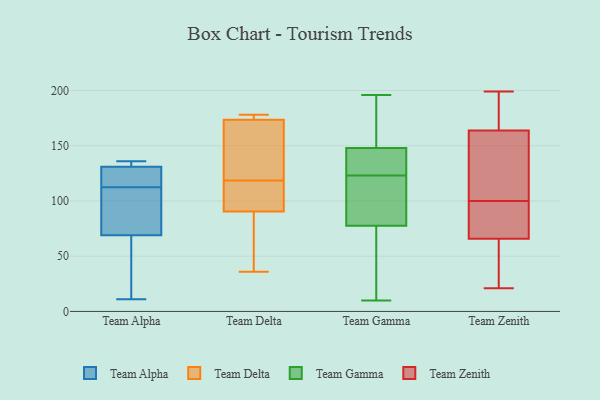
{"axis": {"x": "Energy Usage (MWh)", "y": "Value"}, "legend": ["Team Alpha", "Team Delta", "Team Gamma", "Team Zenith"], "data": [{"x": "", "y": 108, "type": "Team Alpha"}, {"x": "", "y": 104, "type": "Team Alpha"}, {"x": "", "y": 117, "type": "Team Alpha"}, {"x": "", "y": 108, "type": "Team Alpha"}, {"x": "", "y": 132, "type": "Team Alpha"}, {"x": "", "y": 57, "type": "Team Alpha"}, {"x": "", "y": 131, "type": "Team Alpha"}, {"x": "", "y": 134, "type": "Team Alpha"}, {"x": "", "y": 69, "type": "Team Alpha"}, {"x": "", "y": 136, "type": "Team Alpha"}, {"x": "", "y": 11, "type": "Team Alpha"}, {"x": "", "y": 121, "type": "Team Alpha"}, {"x": "", "y": 30, "type": "Team Alpha"}, {"x": "", "y": 119, "type": "Team Alpha"}, {"x": "", "y": 164, "type": "Team Delta"}, {"x": "", "y": 172, "type": "Team Delta"}, {"x": "", "y": 104, "type": "Team Delta"}, {"x": "", "y": 175, "type": "Team Delta"}, {"x": "", "y": 47, "type": "Team Delta"}, {"x": "", "y": 92, "type": "Team Delta"}, {"x": "", "y": 97, "type": "Team Delta"}, {"x": "", "y": 36, "type": "Team Delta"}, {"x": "", "y": 133, "type": "Team Delta"}, {"x": "", "y": 176, "type": "Team Delta"}, {"x": "", "y": 89, "type": "Team Delta"}, {"x": "", "y": 178, "type": "Team Delta"}, {"x": "", "y": 24, "type": "Team Gamma"}, {"x": "", "y": 196, "type": "Team Gamma"}, {"x": "", "y": 121, "type": "Team Gamma"}, {"x": "", "y": 89, "type": "Team Gamma"}, {"x": "", "y": 66, "type": "Team Gamma"}, {"x": "", "y": 134, "type": "Team Gamma"}, {"x": "", "y": 153, "type": "Team Gamma"}, {"x": "", "y": 54, "type": "Team Gamma"}, {"x": "", "y": 184, "type": "Team Gamma"}, {"x": "", "y": 90, "type": "Team Gamma"}, {"x": "", "y": 132, "type": "Team Gamma"}, {"x": "", "y": 156, "type": "Team Gamma"}, {"x": "", "y": 13, "type": "Team Gamma"}, {"x": "", "y": 143, "type": "Team Gamma"}, {"x": "", "y": 99, "type": "Team Gamma"}, {"x": "", "y": 113, "type": "Team Gamma"}, {"x": "", "y": 173, "type": "Team Gamma"}, {"x": "", "y": 10, "type": "Team Gamma"}, {"x": "", "y": 125, "type": "Team Gamma"}, {"x": "", "y": 125, "type": "Team Gamma"}, {"x": "", "y": 199, "type": "Team Zenith"}, {"x": "", "y": 184, "type": "Team Zenith"}, {"x": "", "y": 77, "type": "Team Zenith"}, {"x": "", "y": 137, "type": "Team Zenith"}, {"x": "", "y": 71, "type": "Team Zenith"}, {"x": "", "y": 86, "type": "Team Zenith"}, {"x": "", "y": 107, "type": "Team Zenith"}, {"x": "", "y": 141, "type": "Team Zenith"}, {"x": "", "y": 31, "type": "Team Zenith"}, {"x": "", "y": 181, "type": "Team Zenith"}, {"x": "", "y": 175, "type": "Team Zenith"}, {"x": "", "y": 170, "type": "Team Zenith"}, {"x": "", "y": 78, "type": "Team Zenith"}, {"x": "", "y": 24, "type": "Team Zenith"}, {"x": "", "y": 145, "type": "Team Zenith"}, {"x": "", "y": 64, "type": "Team Zenith"}, {"x": "", "y": 100, "type": "Team Zenith"}, {"x": "", "y": 32, "type": "Team Zenith"}, {"x": "", "y": 21, "type": "Team Zenith"}]}